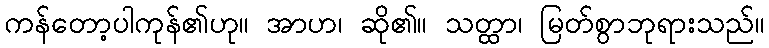
ကန်တော့ပါကုန်၏ဟု။ အာဟ၊ ဆို၏။ သတ္ထာ၊ မြတ်စွာဘုရားသည်။